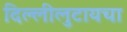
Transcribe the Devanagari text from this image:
दिल्लीलुटायचा